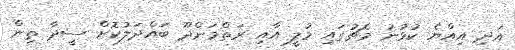
އަދި އިއްޔެ ކުޅުނު މެޗުގައި މުލީ އާއި ރަތްމަންދޫ ބައްދަލުކޮށް ސީދާ ތިން